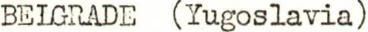
BELGRADE (Yugoslavia)